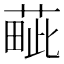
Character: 𦸿